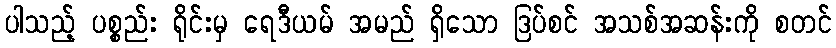
ပါသည့် ပစ္စည်း ရိုင်းမှ ရေဒီယမ် အမည် ရှိသော ဒြပ်စင် အသစ်အဆန်းကို စတင်